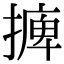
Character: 𢳋